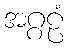
အဂ္ဂဠံ